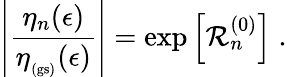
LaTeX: \left|\frac{\eta_{n}(\epsilon)}{\eta_{_\mathrm{(gs)}}(\epsilon)}\right|=\exp\left[{\mathcal R}_{n}^{(0)}\right]\; .